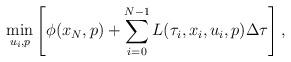
LaTeX: \begin{align*}\min_{u_i,p}\left[\phi(x_N,p) + \sum_{i=0}^{N-1}L(\tau_i,x_i,u_i,p)\Delta\tau\right],\end{align*}